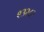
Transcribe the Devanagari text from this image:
९३२८२